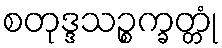
စတုဒ္ဒသဉ္စက္ခတ္တုံ